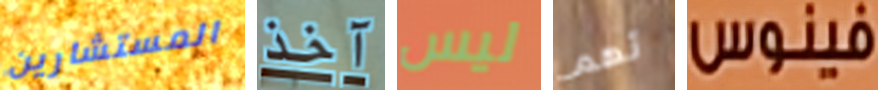
المستشارين آخذ ليس تهم فينوس